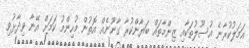
އަމަލުކުރާނެ އުސޫލުތަކާއި ޒިންމާތައް ބަޔާންކުރާ ގާނޫނެއް އޮތުން މުހިންމު ކަމަށް އޭނާ ވިދާޅުވި